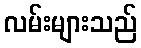
လမ်းများသည်